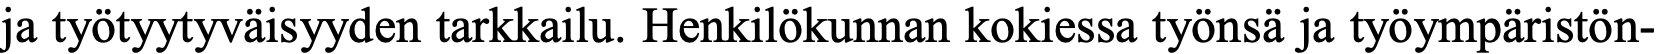
ja työtyytyväisyyden tarkkailu. Henkilökunnan kokiessa työnsä ja työympäristön-